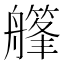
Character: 𦪪